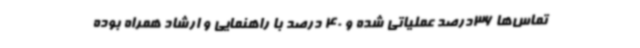
تماس‌ها 36درصد عملیاتی شده و 40 درصد با راهنمایی و ارشاد همراه بوده